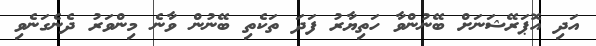
އަދި އޮޕަރޭޝަނަށް ބޭނުންވާ ހަތިޔާރު ފަދަ ތަކެތި ބޭނުން ވާނެ މިންވަރު ދެނެގަނެވި